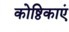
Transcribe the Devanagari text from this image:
कोष्ठिकाएं